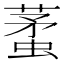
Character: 𧍟